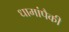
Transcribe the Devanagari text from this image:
धामांपैकी